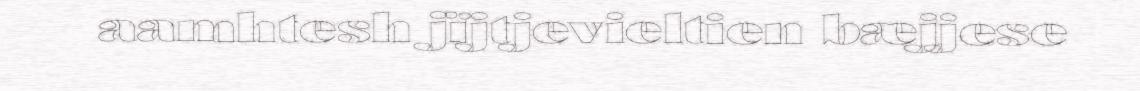
aamhtesh jïjtjevieltien bæjjese